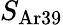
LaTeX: S_{\mathrm{Ar39}}